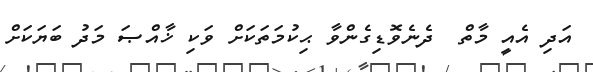
އަދި އެއީ މާތް  ދެނެވޮޑިގެންވާ ޙިކުމަތަކަށް ވަކި ޚާއްޞަ މަދު ބަޔަކަށް